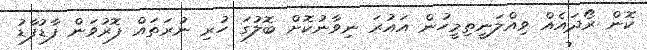
ކޮން ރޯދައެއް ވިއްލަނީތިމީހުން އައުރަ ނިވާނުކޮށް ބޮލުގަ ހުރި ނުރަތައް ފޮރުވަން ފާޑުފާޑު